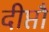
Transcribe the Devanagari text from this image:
दीप्तौ